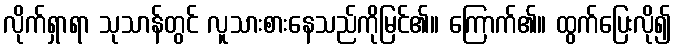
လိုက်ရှာရာ သုသာန်တွင် လူသားစားနေသည်ကိုမြင်၏။ ကြောက်၏။ ထွက်ပြေးလို၍